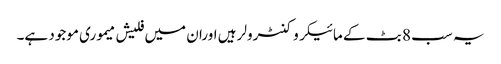
یہ سب 8 بٹ کے مائیکروکنٹرولر ہیں اوران میں فلیش میموری موجود ہے۔